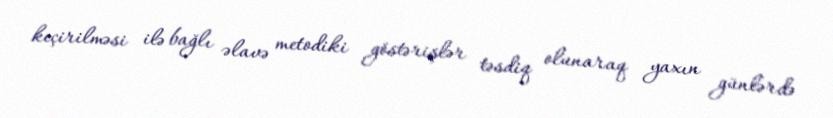
keçirilməsi ilə bağlı əlavə metodiki göstərişlər təsdiq olunaraq yaxın günlərdə